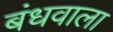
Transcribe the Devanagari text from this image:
बंधवाला